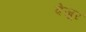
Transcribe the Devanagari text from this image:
देजूर